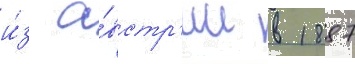
и́з а́встр'ии в 1887